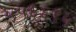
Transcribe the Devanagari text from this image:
५५६६९५